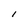
Character: l